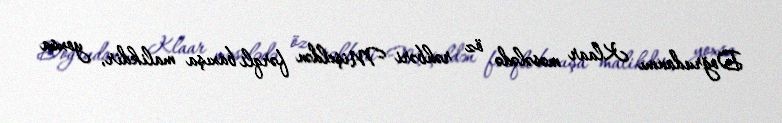
Doğrudanmı Klaar məsələdə öz rəhbəri Mişeldən fərqli baxışa malikdir, yoxsa